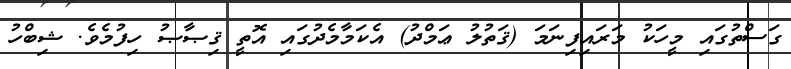
ގަސްތުގައި މީހަކު މަރައިފިނަމަ (ޤަތުލު ޢަމްދު) އެކަމާމެދުގައި އޮތީ ޤިޞާޞު ހިފުމެވެ. ޝިބްހު